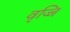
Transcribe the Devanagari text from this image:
वृज्जि